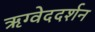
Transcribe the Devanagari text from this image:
ऋग्वेददर्शन